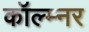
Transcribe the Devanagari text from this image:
कॉल्म्नर